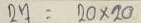
27 = 20 x 20